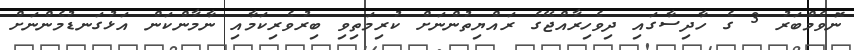
ނޮވެމްބަރު 3 ގެ ހާދިސާގައި ދިވެހިރާއްޖޭގެ ރައްޔިތުންނަށް ކުރިމަތިވި ބިރުވެރިކަމާއި ނާމާންކަން އަޅުގަނޑުމެންނަށް